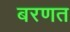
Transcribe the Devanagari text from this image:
बरणत